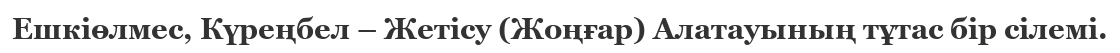
Ешкіөлмес, Күреңбел – Жетісу (Жоңғар) Алатауының тұтас бір сілемі.